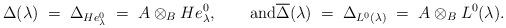
LaTeX: \begin{align*}\Delta(\lambda)\;=\;\Delta_{He^0_\lambda}\;=\; A\otimes_B He^0_\lambda,\qquad\mbox{and}\overline{\Delta}(\lambda)\;=\;\Delta_{L^0(\lambda)}\;=\; A\otimes_B L^0(\lambda).\end{align*}